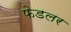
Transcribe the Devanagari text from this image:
फेडलर